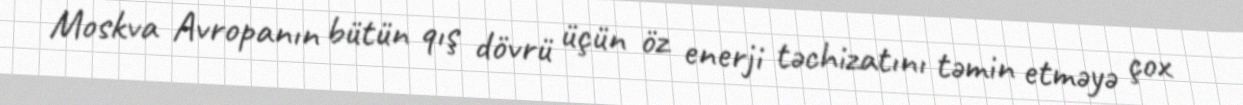
Moskva Avropanın bütün qış dövrü üçün öz enerji təchizatını təmin etməyə çox